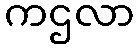
ကဌလာ